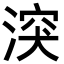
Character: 湥